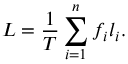
L = \frac { 1 } { T } \sum _ { i = 1 } ^ { n } f _ { i } l _ { i } .